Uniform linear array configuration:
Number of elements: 32
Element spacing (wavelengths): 1
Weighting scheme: binomial
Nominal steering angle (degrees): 30
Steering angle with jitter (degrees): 28.652
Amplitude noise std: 0.05
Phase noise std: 0.05

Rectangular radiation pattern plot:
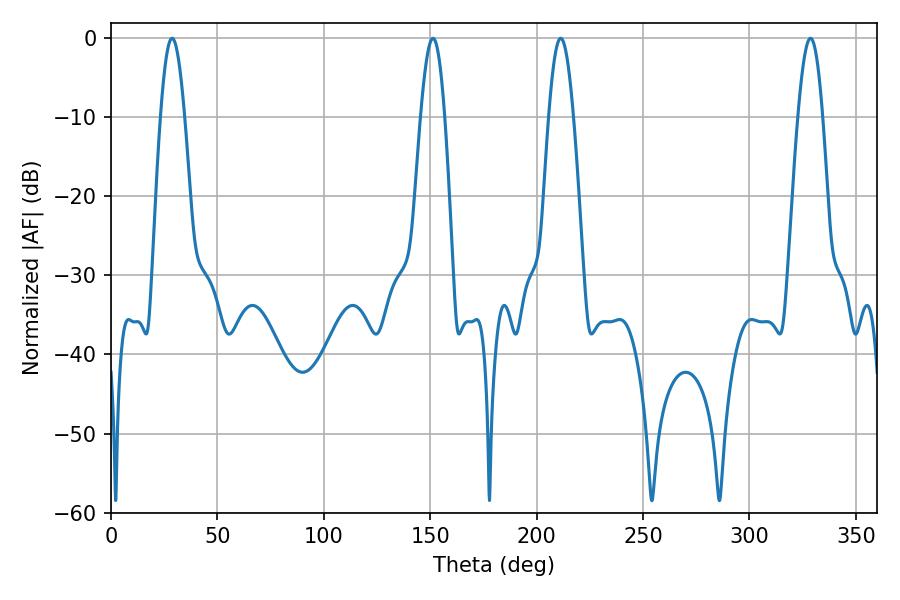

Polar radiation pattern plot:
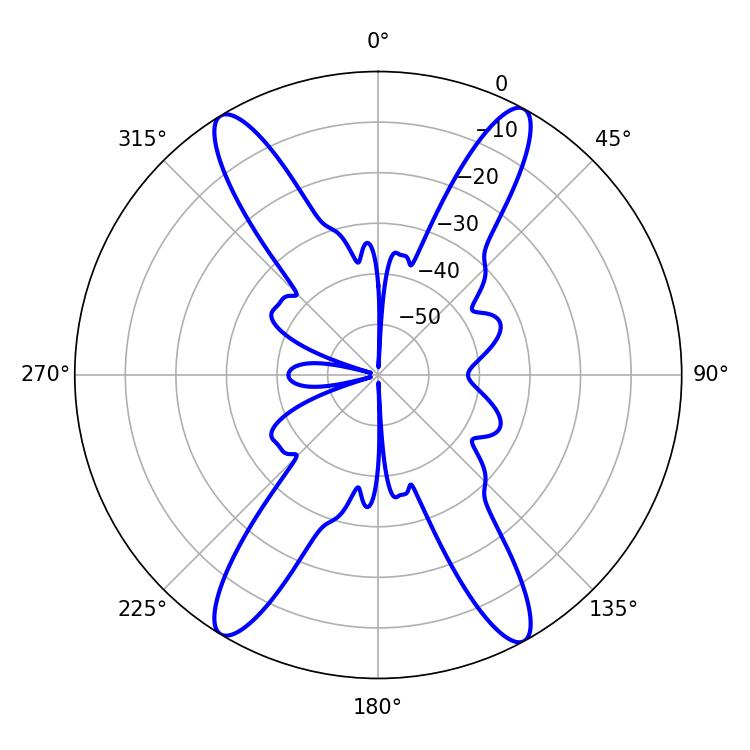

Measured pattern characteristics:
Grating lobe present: TRUE
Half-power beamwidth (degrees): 6.3
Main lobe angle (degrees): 211.32